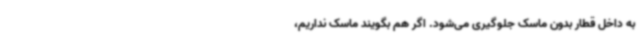
به داخل قطار بدون ماسک جلوگیری می‌شود. اگر هم بگویند ماسک نداریم،